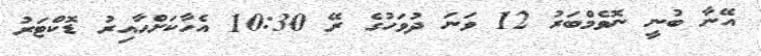
އޭނާ ބުނީ ނޮވެމްބަރު 12 ވަނަ ދުވަހުގެ ރޭ 10:30 އެހާކަށްހާއިރު ޑޮކްޓަރު